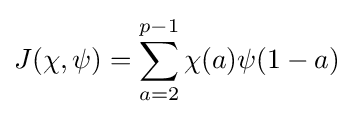
J(\chi ,\psi )=\sum _{a=2}^{p-1}\chi (a)\psi (1-a)